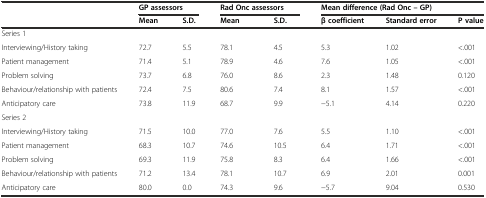
|  | <COLSPAN=2> GP assessors | <COLSPAN=2> Rad Onc assessors | <COLSPAN=3> Mean difference (Rad Onc – GP) |
 |  | Mean | S.D. | Mean | S.D. | β coefficient | Standard error | P value |
 | --- | --- | --- | --- | --- | --- | --- | --- |
 | Series 1 | <COLSPAN=7>  |
 | Interviewing/History taking | 72.7 | 5.5 | 78.1 | 4.5 | 5.3 | 1.02 | <.001 |
 | Patient management | 71.4 | 5.1 | 78.9 | 4.6 | 7.6 | 1.05 | <.001 |
 | Problem solving | 73.7 | 6.8 | 76.0 | 8.6 | 2.3 | 1.48 | 0.120 |
 | Behaviour/relationship with patients | 72.4 | 7.5 | 80.6 | 7.4 | 8.1 | 1.57 | <.001 |
 | Anticipatory care | 73.8 | 11.9 | 68.7 | 9.9 | −5.1 | 4.14 | 0.220 |
 | Series 2 | <COLSPAN=7>  |
 | Interviewing/History taking | 71.5 | 10.0 | 77.0 | 7.6 | 5.5 | 1.10 | <.001 |
 | Patient management | 68.3 | 10.7 | 74.6 | 10.5 | 6.4 | 1.71 | <.001 |
 | Problem solving | 69.3 | 11.9 | 75.8 | 8.3 | 6.4 | 1.66 | <.001 |
 | Behaviour/relationship with patients | 71.2 | 13.4 | 78.1 | 10.7 | 6.9 | 2.01 | 0.001 |
 | Anticipatory care | 80.0 | 0.0 | 74.3 | 9.6 | −5.7 | 9.04 | 0.530 |